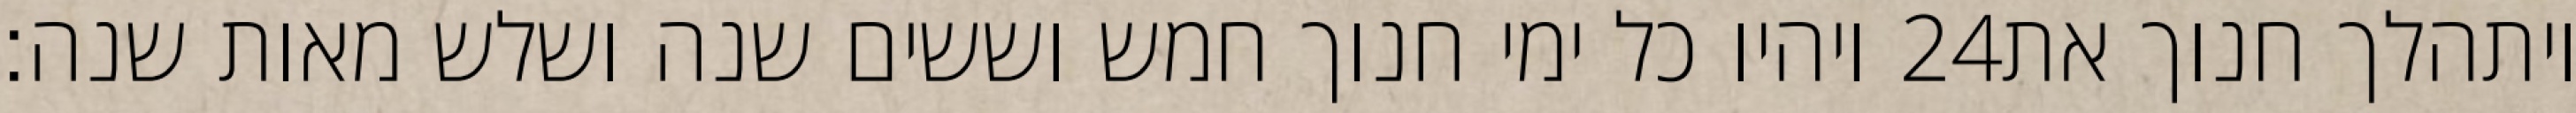
ויהיו כל ימי חנוך חמש וששים שנה ושלש מאות שנה׃ ‎24‏ ויתהלך חנוך את